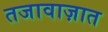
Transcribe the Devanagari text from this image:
तजावाज़ात